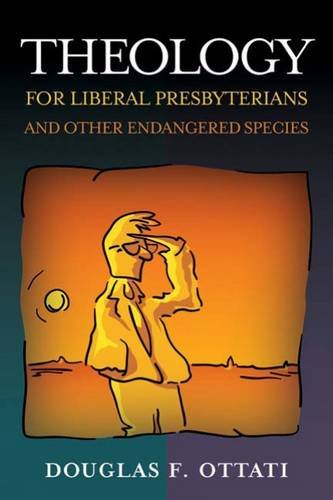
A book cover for Theology for Liberal Presbyterians and Other Endangered Species; Douglas F. Ottati; Christian Books & Bibles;